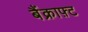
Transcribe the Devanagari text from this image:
बैंक्राफ़्ट